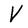
Character: V